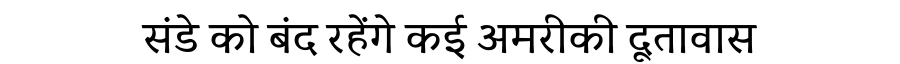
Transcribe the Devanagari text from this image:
संडे को बंद रहेंगे कई अमरीकी दूतावास